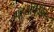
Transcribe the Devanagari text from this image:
मुहूर्तांपैकीहा